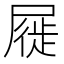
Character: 屣